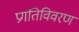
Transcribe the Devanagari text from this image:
प्रगतिविवरण